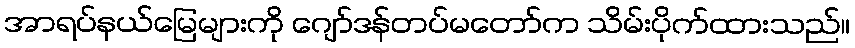
အာရပ်နယ်မြေများကို ဂျော်ဒန်တပ်မတော်က သိမ်းပိုက်ထားသည်။